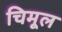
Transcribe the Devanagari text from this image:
चिमूल